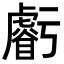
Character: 𧈃